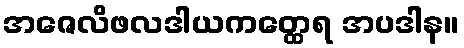
အဇေလိဖလဒါယကတ္ထေရ အပဒါန။